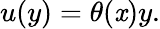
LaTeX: u(y)=\theta(\mathit{x})y.